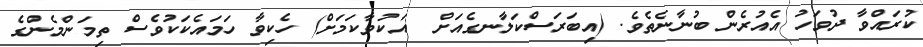
ކުރައްވާ ދުވަހު އެއުރެން ބުނާނެތެވެ. (އިބަރަސްކަލާނގެއަށް  އަކުވާކަމަށް) ހެކިވާ ހަމައެކަކުވެސް ތިމަންމެންގެ